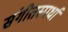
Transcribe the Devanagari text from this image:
संगीतस्पर्धा